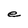
Character: e